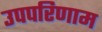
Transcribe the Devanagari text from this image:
उपपरिणाम